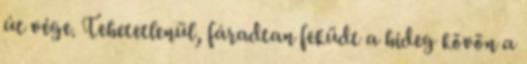
út vége. Tehetetlenül, fáradtan feküdt a hideg kövön a